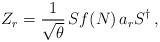
LaTeX: \begin{align*}Z_{r}=\frac{1}{\sqrt{\theta}}\,Sf(N)\,a_{r}S^{\dagger}\,,\end{align*}